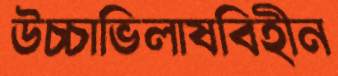
উচ্চাভিলাষবিহীন